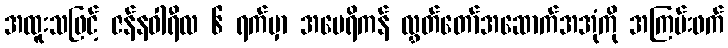
အထူးသဖြင့် ဇန်နဝါရီလ ၆ ရက်မှာ အမေရိကန် လွှတ်တော်အဆောက်အအုံကို အကြမ်းဖက်